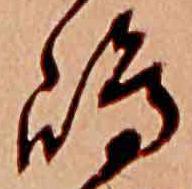
嶋